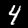
Digit: 4